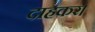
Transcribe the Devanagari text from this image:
दाहकर।